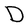
Character: D